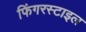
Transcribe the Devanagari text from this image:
फिंगरस्टाइल